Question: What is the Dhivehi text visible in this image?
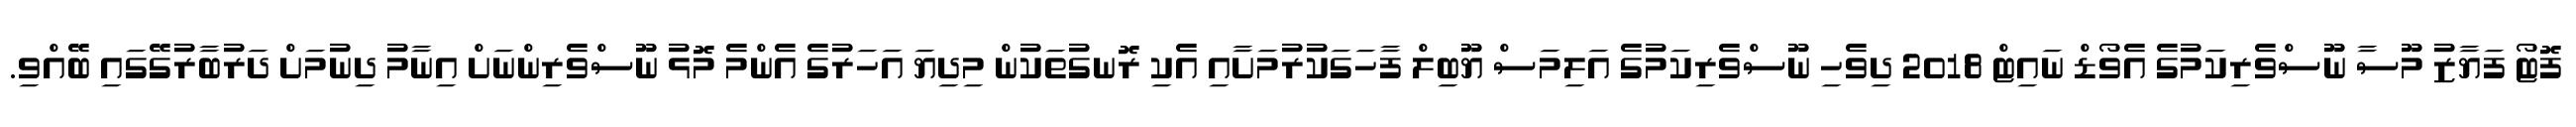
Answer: ފޮޓޯ ފަޔާޒު މޫސާ ނޫސްވެރިކަމުގެ އެވޯޑް ނައިޓް 2018 ދިވެހި ނޫސްވެރިކަމުގެ އަލިމަސް ޔޫބިލް ފާހަގަކުރުމަށާއި އެކި ރޮނގުތަކުން މިދިޔަ އަހަރުގެ އެންމެ މޮޅު ނޫސްވެރިންނަށް އިނާމު ދިނުމަށް ދަރުބާރުގޭގައި ބޭއްވި.